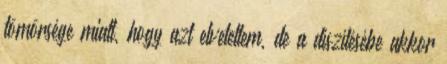
tömörsége miatt, hogy azt elvetettem, de a díszítésébe akkor